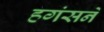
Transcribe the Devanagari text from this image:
हगंसने